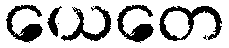
ယေတေ